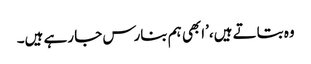
وہ بتاتے ہیں،’ابھی ہم بنارس جا رہے ہیں۔